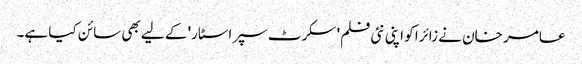
عامر خان نے زائرا کو اپنی نئی فلم' سکرٹ سپراسٹار' کے لیے بھی سائن کیا ہے۔